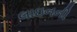
લાઇનની